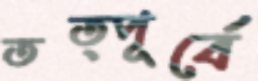
তত্পূর্বে